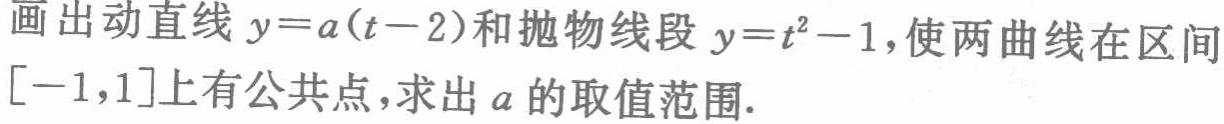
画出动直线 \(y = a(t - 2)\) 和抛物线段 \(y = t^{2}-1\)，使两曲线在区间 \([-1,1]\) 上有公共点，求出 \(a\) 的取值范围.